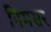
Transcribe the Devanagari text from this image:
निमसर